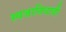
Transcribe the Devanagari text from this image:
स्वजातिवादी